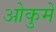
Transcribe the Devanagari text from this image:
ओकुमे